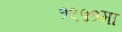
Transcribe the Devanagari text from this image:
१९५१मा